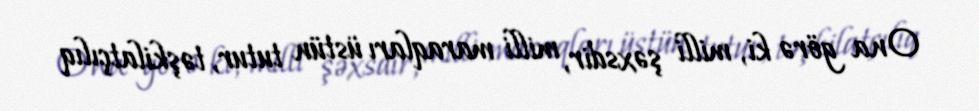
Ona görə ki, milli şəxsdir, milli maraqları üstün tutur, təşkilatçılıq